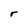
Character: r